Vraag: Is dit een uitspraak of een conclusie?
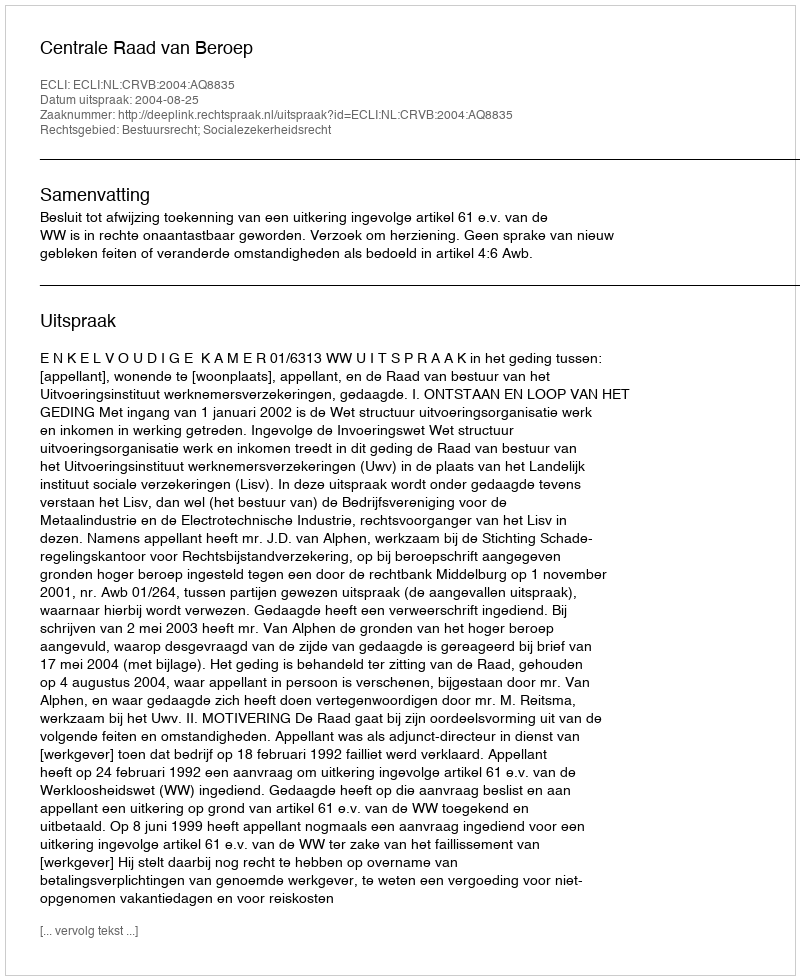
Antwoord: Uitspraak